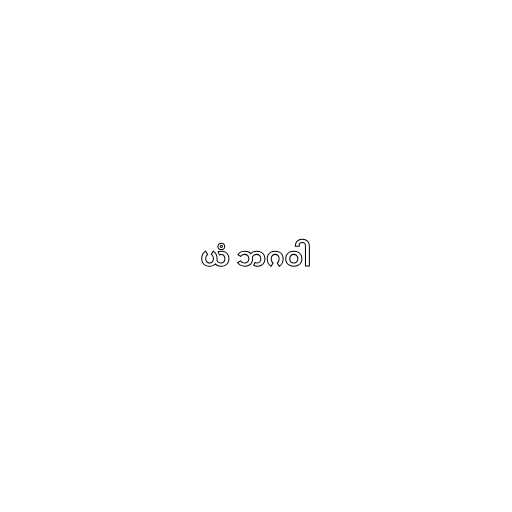
ယံ ဘဂဝါ